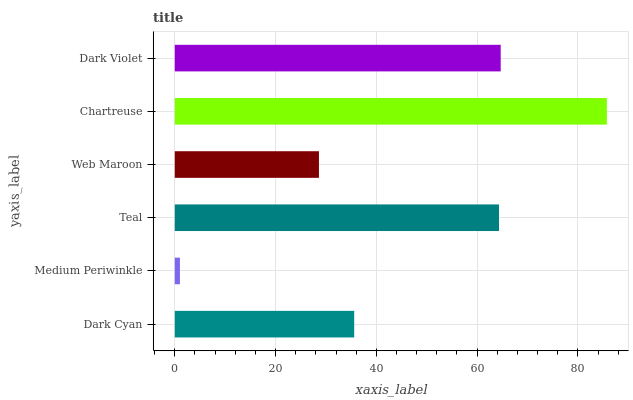
| yaxis_label | bars |
 | --- | --- |
 | Dark Cyan | 35.6 |
 | Medium Periwinkle | 1.02 |
 | Teal | 64.3 |
 | Web Maroon | 28.6 |
 | Chartreuse | 85.8 |
 | Dark Violet | 64.7 |